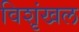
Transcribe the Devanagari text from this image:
विशृंखल